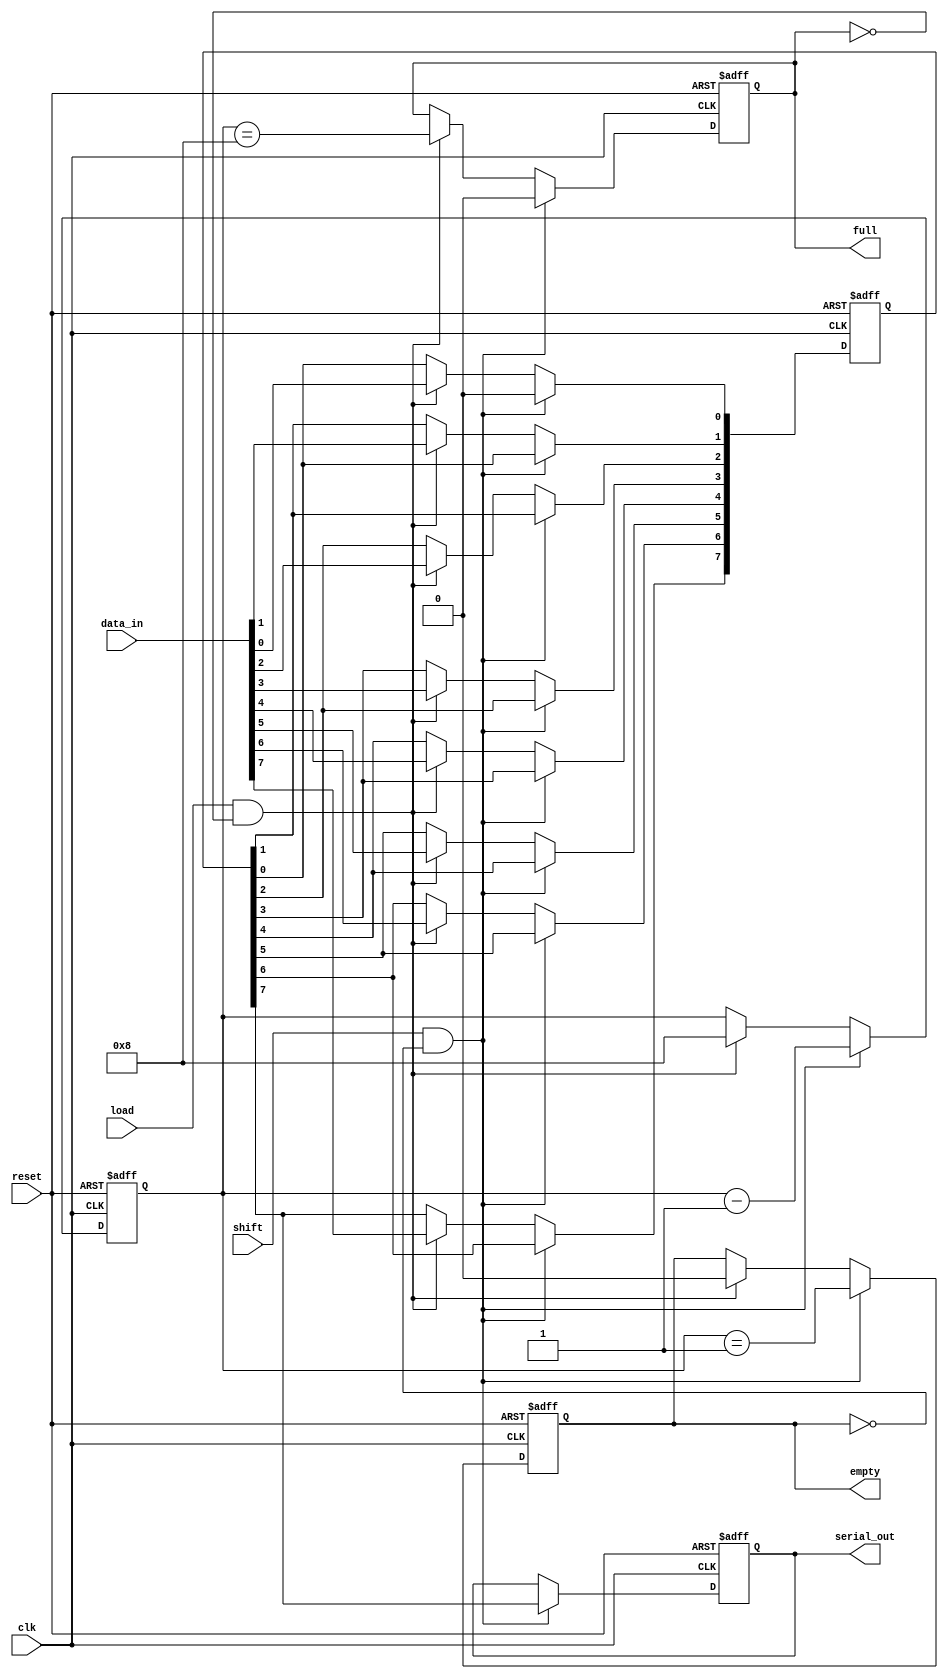
module fifo_piso #(
    parameter DEPTH = 8 // Configurable depth of the FIFO
)(
    input wire clk,           // Clock signal
    input wire reset,         // Reset signal
    input wire load,          // Load signal
    input wire shift,         // Shift signal
    input wire [DEPTH-1:0] data_in, // Parallel input data
    output reg serial_out,    // Serial output
    output reg empty,         // Empty flag
    output reg full           // Full flag
);

    reg [DEPTH-1:0] fifo;     // FIFO storage
    reg [3:0] count;          // Count of stored data bits
    integer i;

    // Reset and control logic
    always @(posedge clk or posedge reset) begin
        if (reset) begin
            fifo <= 0;
            count <= 0;
            serial_out <= 0;
            empty <= 1;
            full <= 0;
        end else begin
            // Load data into FIFO
            if (load && !full) begin
                fifo <= data_in;
                count <= DEPTH; // Assume loading all bits at once
                empty <= 0;
                full <= (count == DEPTH);
            end
            
            // Shift data out serially
            if (shift && !empty) begin
                serial_out <= fifo[DEPTH-1]; // Output the first bit
                // Shift the FIFO left
                for (i = DEPTH-1; i > 0; i = i - 1) begin
                    fifo[i] <= fifo[i-1];
                end
                fifo[0] <= 0; // Clear the last bit after shifting
                count <= count - 1;
                empty <= (count == 1); // Update empty flag
                full <= 0; // Reset full flag after shifting
            end
        end
    end

endmodule